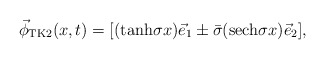
\begin{align*}\vec{\phi}_{{\rm TK}2}(x,t)=[({\rm tanh}\sigma x)\vec{e}_1\pm\bar{\sigma} ({\rm sech}\sigma x )\vec{e}_2],\end{align*}